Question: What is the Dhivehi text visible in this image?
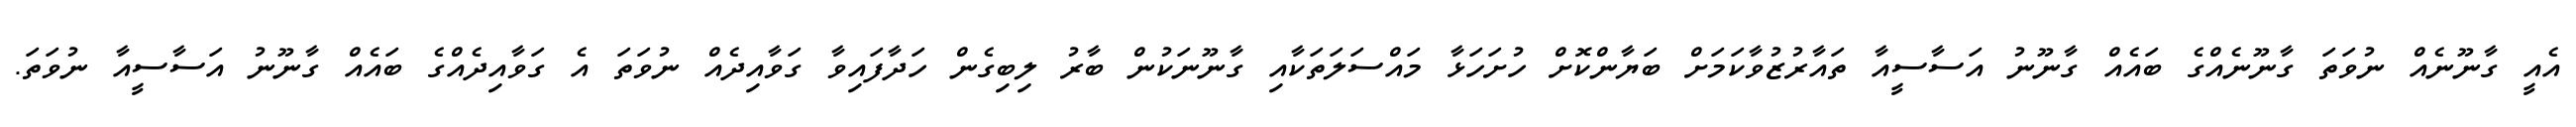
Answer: އެއީ ގާނޫނެއް ނުވަތަ ގާނޫނެއްގެ ބައެއް ގާނޫނު އަސާސީއާ ތައާރުޒުވާކަމަށް ބަޔާންކޮށް ހުށަހަޅާ މައްސަލަތަކާއި ގާނޫނަކުން ބާރު ލިބިގެން ހަދާފައިވާ ގަވާއިދެއް ނުވަތަ އެ ގަވާއިދެއްގެ ބައެއް ގާނޫނު އަސާސީއާ ނުވަތަ.